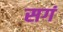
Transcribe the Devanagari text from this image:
सगं